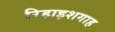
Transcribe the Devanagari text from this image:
रिहाइशगाह